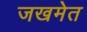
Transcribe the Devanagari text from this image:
जखमेत